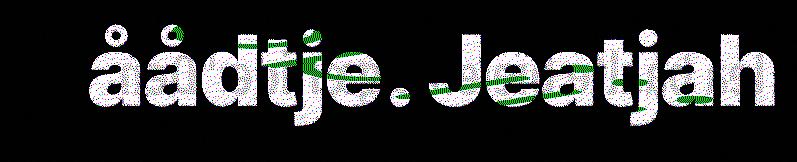
åådtje. Jeatjah